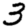
Digit: 3